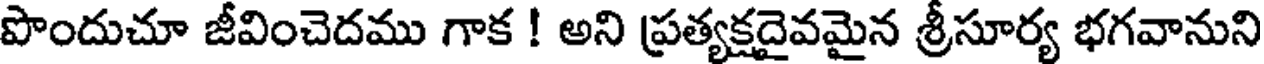
పొందుచూ జీవించెదము గాక ! అని ప్రత్యక్షదైవమైన శ్రీసూర్య భగవానుని